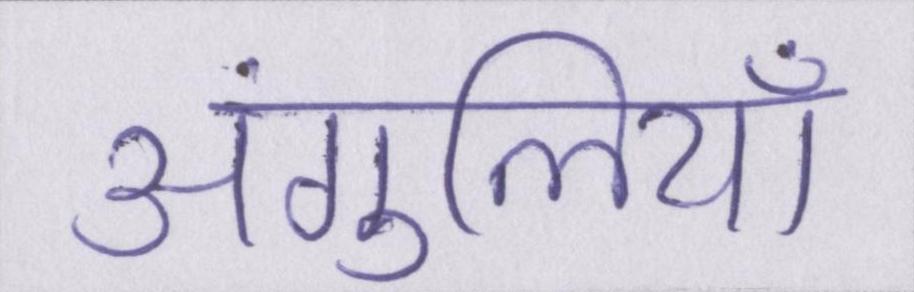
अंगुलियाँ